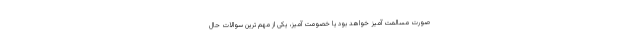
صورت مسالمت آمیز خواهد بود یا خصومت آمیز، یکی از مهم ترین سوالات حال